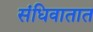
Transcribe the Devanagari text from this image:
संधिवातात